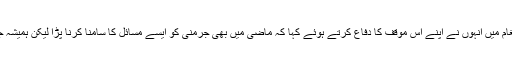
اپنے نئے سال کے پیغام میں انہوں نے اپنے اس موقف کا دفاع کرتے ہوئے کہا کہ ماضی میں بھی جرمنی کو ایسے مسائل کا سامنا کرنا پڑا لیکن ہمیشہ جرمنی کامیاب ہی رہا۔